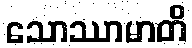
သောဿာမာတိ